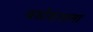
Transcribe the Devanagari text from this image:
वडोदराला